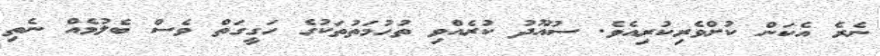
ނެރެ އެކަން ކުށްވެރިކުރިއެވެ. ސުއޫދު ކުރެއްވި ތުހުމަތުތަކުގެ ހަގީގަތް ވެސް ބެލުމެއް ނެތި